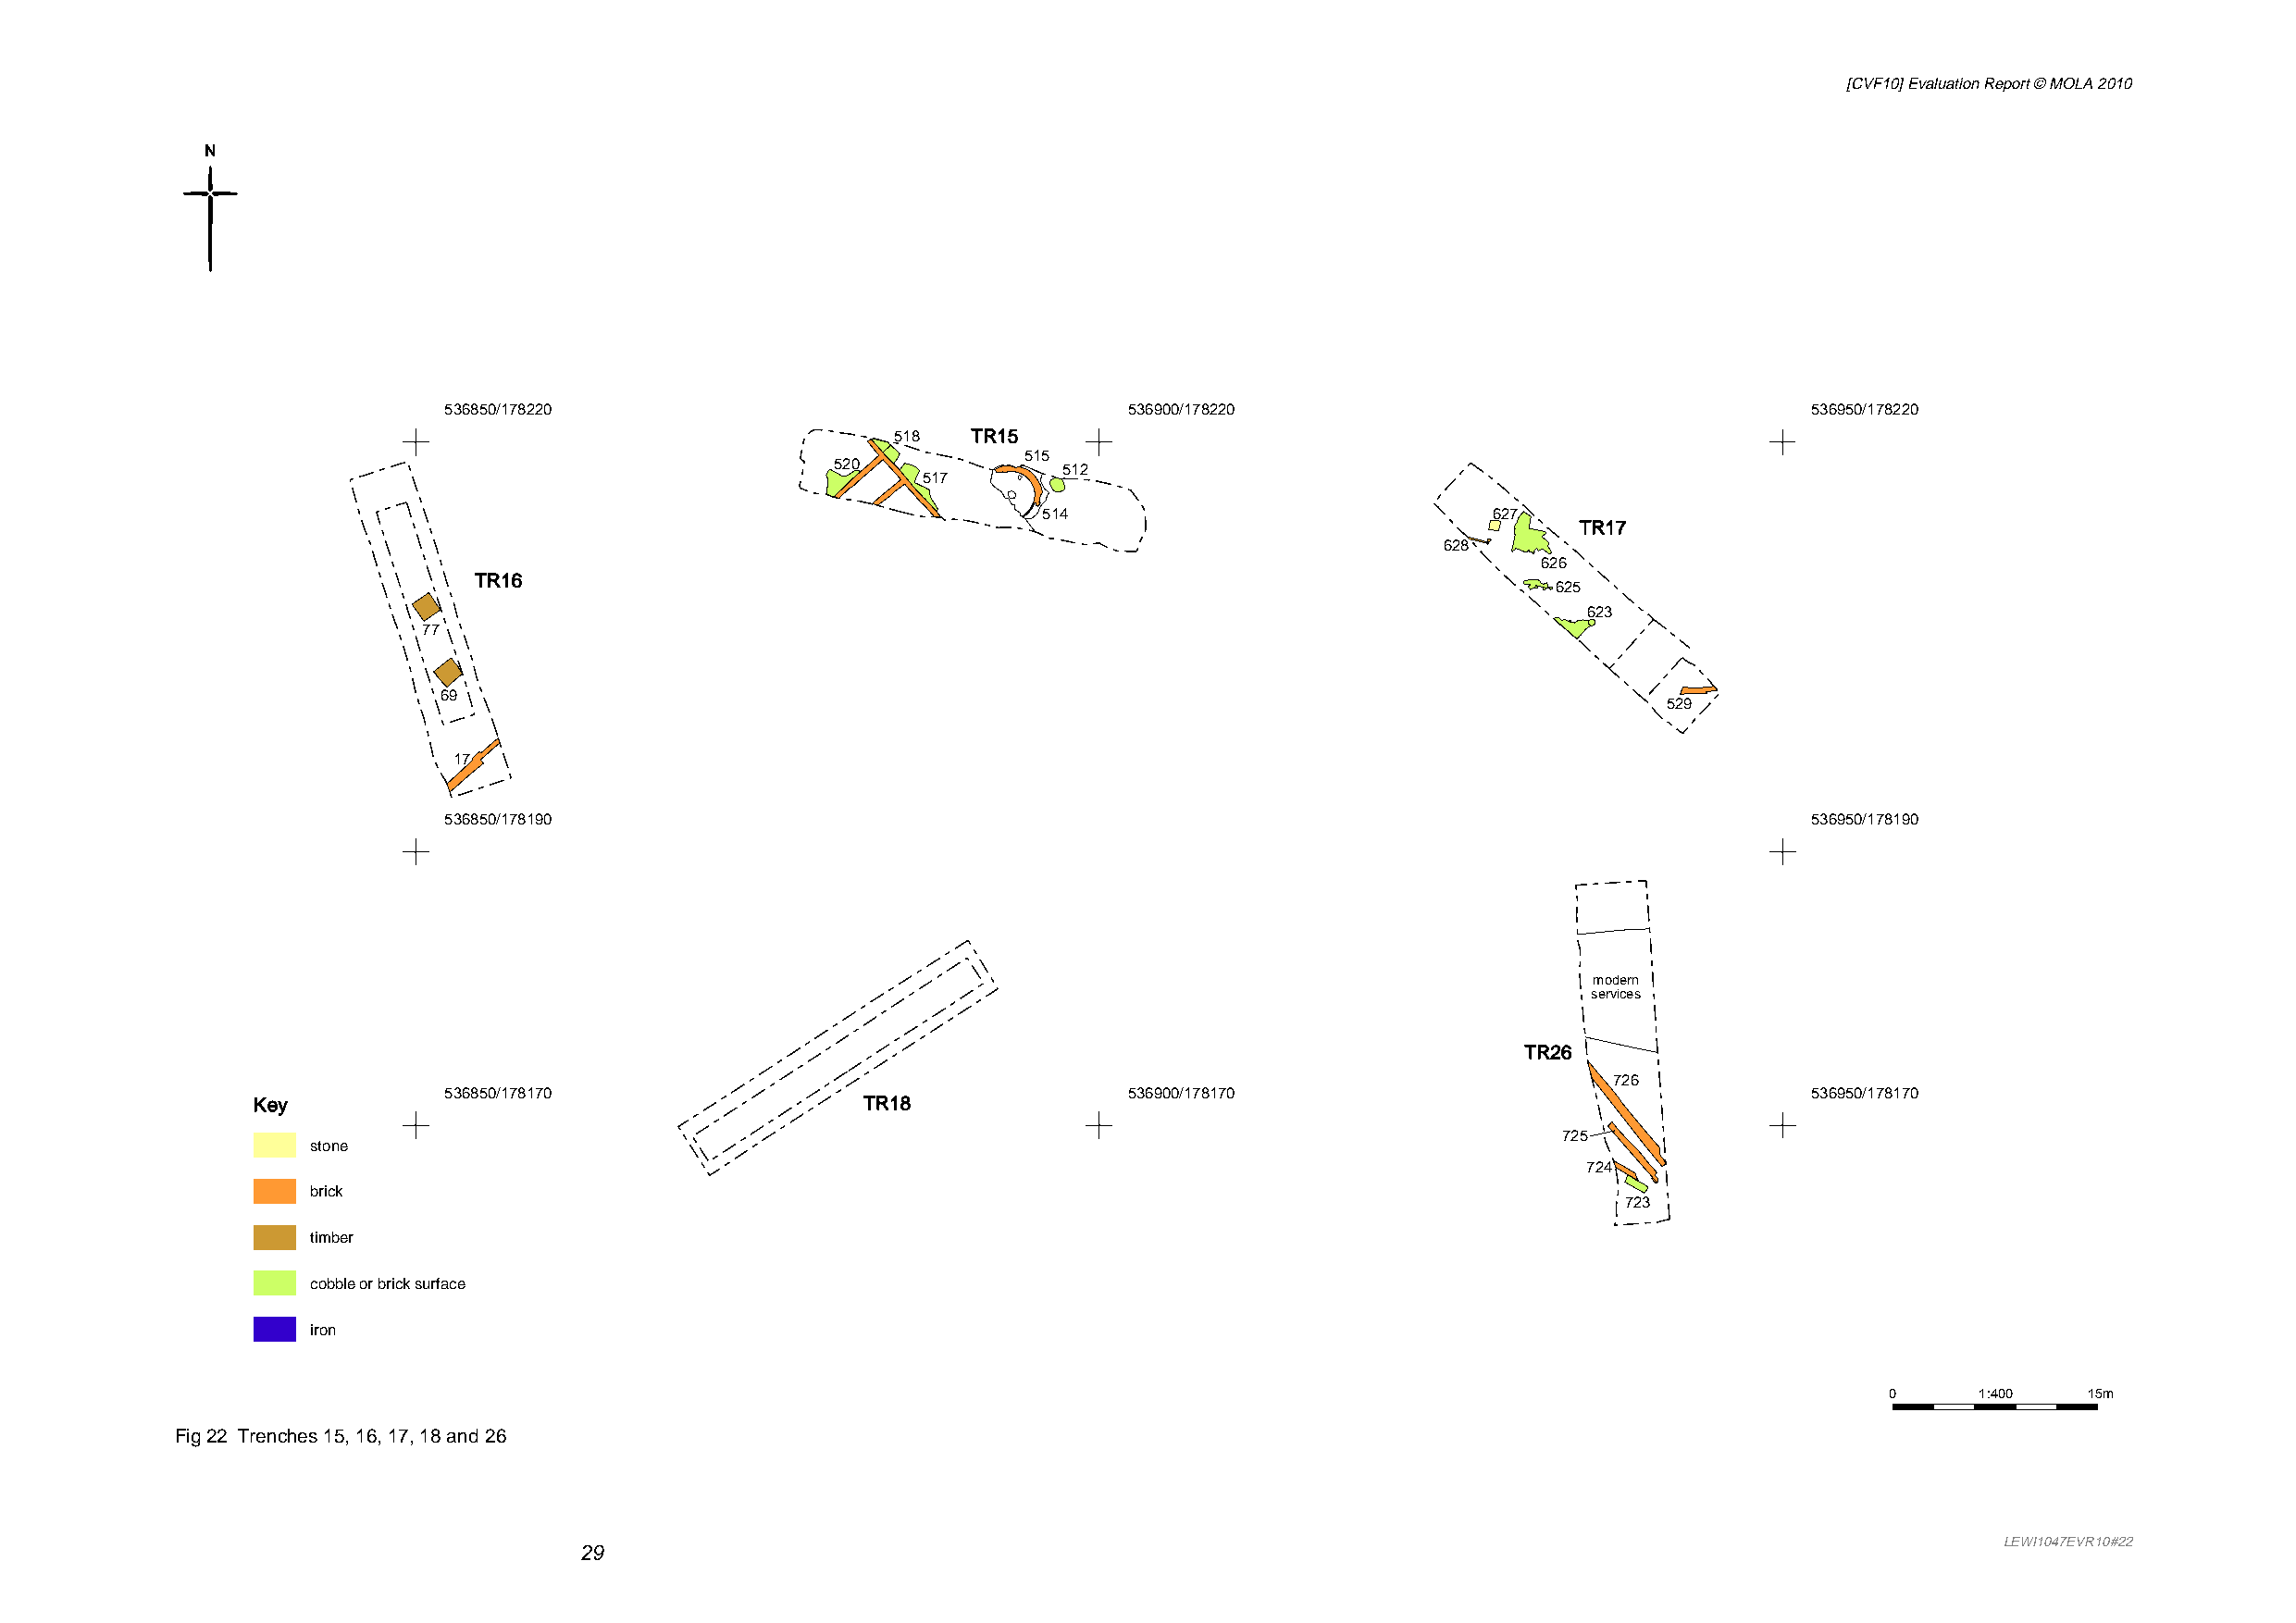
[CVF10] Evaluation Report © MOLA 2010
 536850/178220                                    536900/178220                                    536950/178220
 518  TR15
 515
 520
 512
 517
 514                             627
 TR17
 628
 626
 TR16
 625
 623
 77
 69
 529
 17
 536850/178190                                                                                     536950/178190
 modern
 services
 TR26
 726
 536850/178170                                    536900/178170                                    536950/178170
 Key                                         TR18
 725
 ssttoonnee
 724
 bbrriicckk
 723
 ttiimmbbeerr
 ccoobbbbllee oorr bbrriicckk ssuurrffaaccee
 iirroonn
 0      1:400  15m
 Fig 22 Trenches 15, 16, 17, 18 and 26
 29                                                                                                   LEWI1047EVR10#22